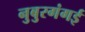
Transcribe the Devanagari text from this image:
नुबुरगंगई